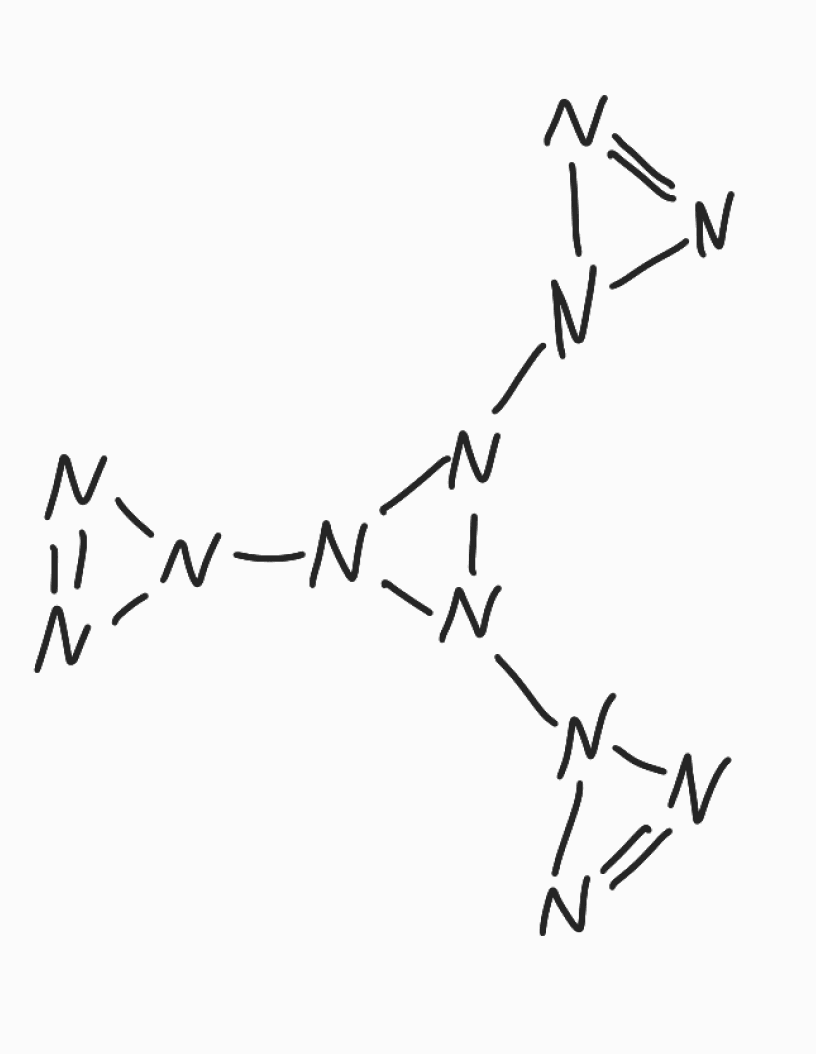
Simplified molecular-input line-entry system (SMILES) notation of the given molecule:
N1=NN1N2N(N2N3N=N3)N4N=N4